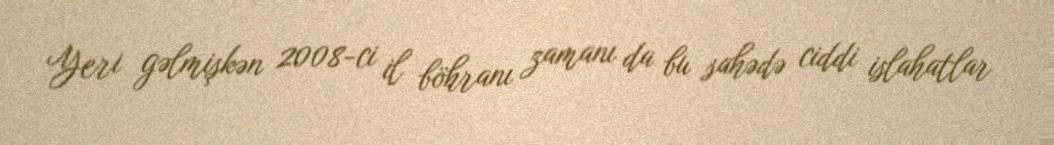
Yeri gəlmişkən 2008-ci il böhranı zamanı da bu sahədə ciddi islahatlar